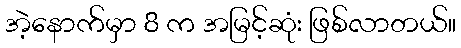
အဲ့နောက်မှာ 8 က အမြင့်ဆုံး ဖြစ်လာတယ်။